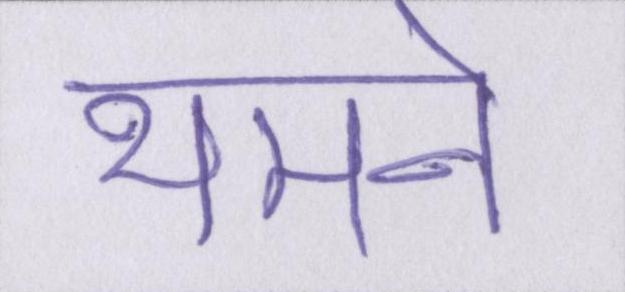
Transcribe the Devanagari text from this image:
थमने